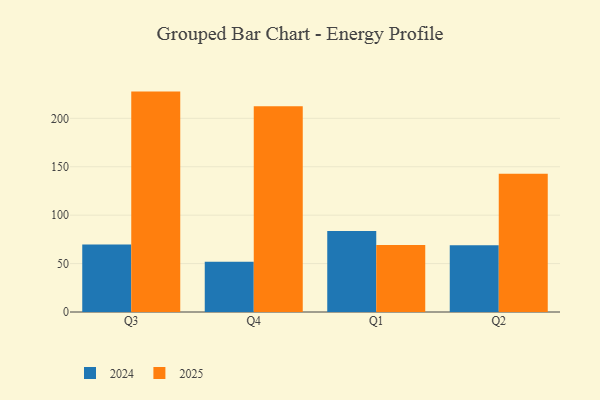
{"axis": {"x": "Quarter", "y": "Backlog"}, "legend": ["2024", "2025"], "data": [{"x": "Q3", "y": 227.6, "type": "2025"}, {"x": "Q3", "y": 69.6, "type": "2024"}, {"x": "Q4", "y": 212.5, "type": "2025"}, {"x": "Q4", "y": 51.8, "type": "2024"}, {"x": "Q1", "y": 69.3, "type": "2025"}, {"x": "Q1", "y": 83.7, "type": "2024"}, {"x": "Q2", "y": 142.8, "type": "2025"}, {"x": "Q2", "y": 68.9, "type": "2024"}]}